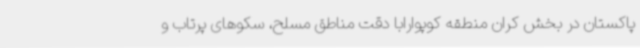
پاکستان در بخش کران منطقه کوپوارابا دقت مناطق مسلح، سکوهای پرتاب و